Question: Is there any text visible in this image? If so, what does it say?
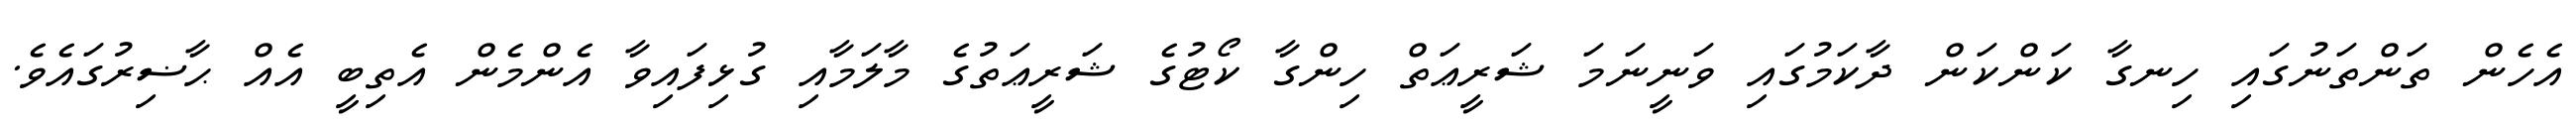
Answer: އެހެން ތަންތަނުގައި ހިނގާ ކަންކަން ދާކަމުގައި ވަނީނަމަ ޝަރީޢަތް ހިންގާ ކޯޓުގެ ޝަރީޢަތުގެ މާލަމާއި ގުޅިފައިވާ އެންމެން އެތިބީ އެއް ޙާޟިރުގައެވެ.